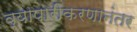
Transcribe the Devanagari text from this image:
व्यापारीकरणानंतर